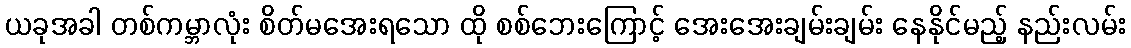
ယခုအခါ တစ်ကမ္ဘာလုံး စိတ်မအေးရသော ထို စစ်ဘေးကြောင့် အေးအေးချမ်းချမ်း နေနိုင်မည့် နည်းလမ်း